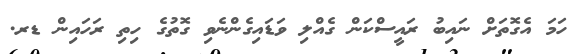
ހަމަ އެގޮތަށް ނައިބު ރައީސްކަން ގެއްލި ވަޑައިގެންނެވި ގޮތުގެ ހިތި ރަހައިން ޑރ.